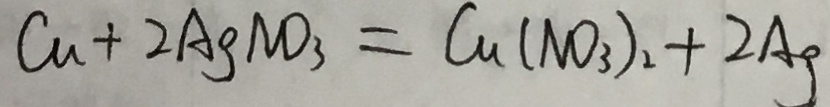
C u + 2 A g N O _ { 3 } = C u ( N O _ { 3 } ) _ { 2 } + 2 A g